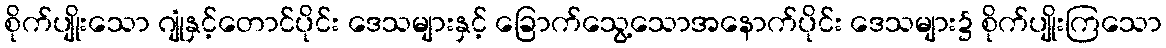
စိုက်ပျိုးသော ဂျုံနှင့်တောင်ပိုင်း ဒေသများနှင့် ခြောက်သွေ့သောအနောက်ပိုင်း ဒေသများ၌ စိုက်ပျိုးကြသော